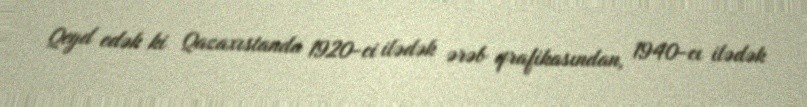
Qeyd edək ki Qazaxıstanda 1920-ci ilədək ərəb qrafikasından, 1940-cı ilədək